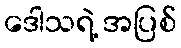
ဒေါသရဲ့ အပြစ်